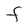
Character: F